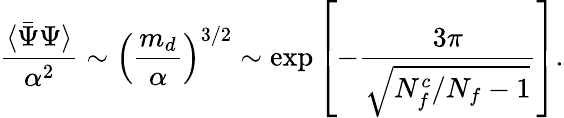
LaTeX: {\frac{\langle\bar{\Psi}\Psi\rangle}{\alpha^{2}}}\sim\left({\frac{m_{d}}{\alpha}}\right)^{3/2}\sim\exp\left[-{\frac{3\pi}{\sqrt{N_{f}^{c}/N_{f}-1}}}\right].